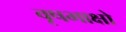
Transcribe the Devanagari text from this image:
वृषभाक्षो